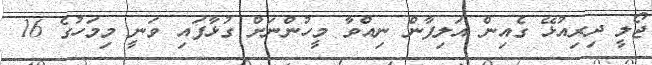
ޖޯލީ ދިރިއުޅޭ ގެއިން އަލިފާން ނިއްވާ މީހުންނަށް ގުޅާފައި ވަނީ މިމަހުގެ 16